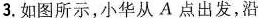
3.如图所示，小华从A点出发，沿